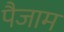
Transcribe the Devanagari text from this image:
पैजाम